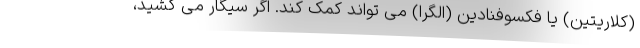
(کلاریتین) یا فکسوفنادین (الگرا) می تواند کمک کند. اگر سیگار می کشید،